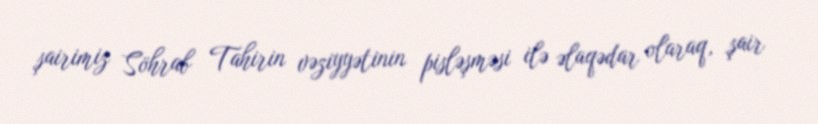
şairimiz Söhrab Tahirin vəziyyətinin pisləşməsi ilə əlaqədar olaraq, şair